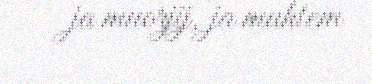
ja muorjij, ja muhtem